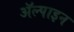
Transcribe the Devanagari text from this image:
ॲल्पाइन